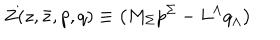
LaTeX: Z ( z , \bar { z } , { p } , { q } ) \equiv \left( M _ { \Sigma } { p } ^ { \Sigma } - L ^ { \Lambda } { q } _ { \Lambda } \right)